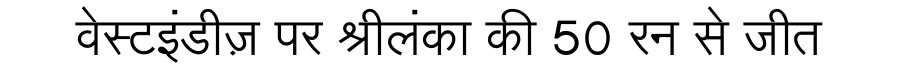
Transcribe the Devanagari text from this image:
वेस्टइंडीज़ पर श्रीलंका की 50 रन से जीत